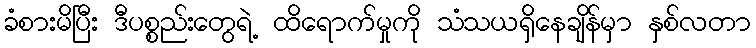
ခံစားမိပြီး ဒီပစ္စည်းတွေရဲ့ ထိရောက်မှုကို သံသယရှိနေချိန်မှာ နှစ်လတာ